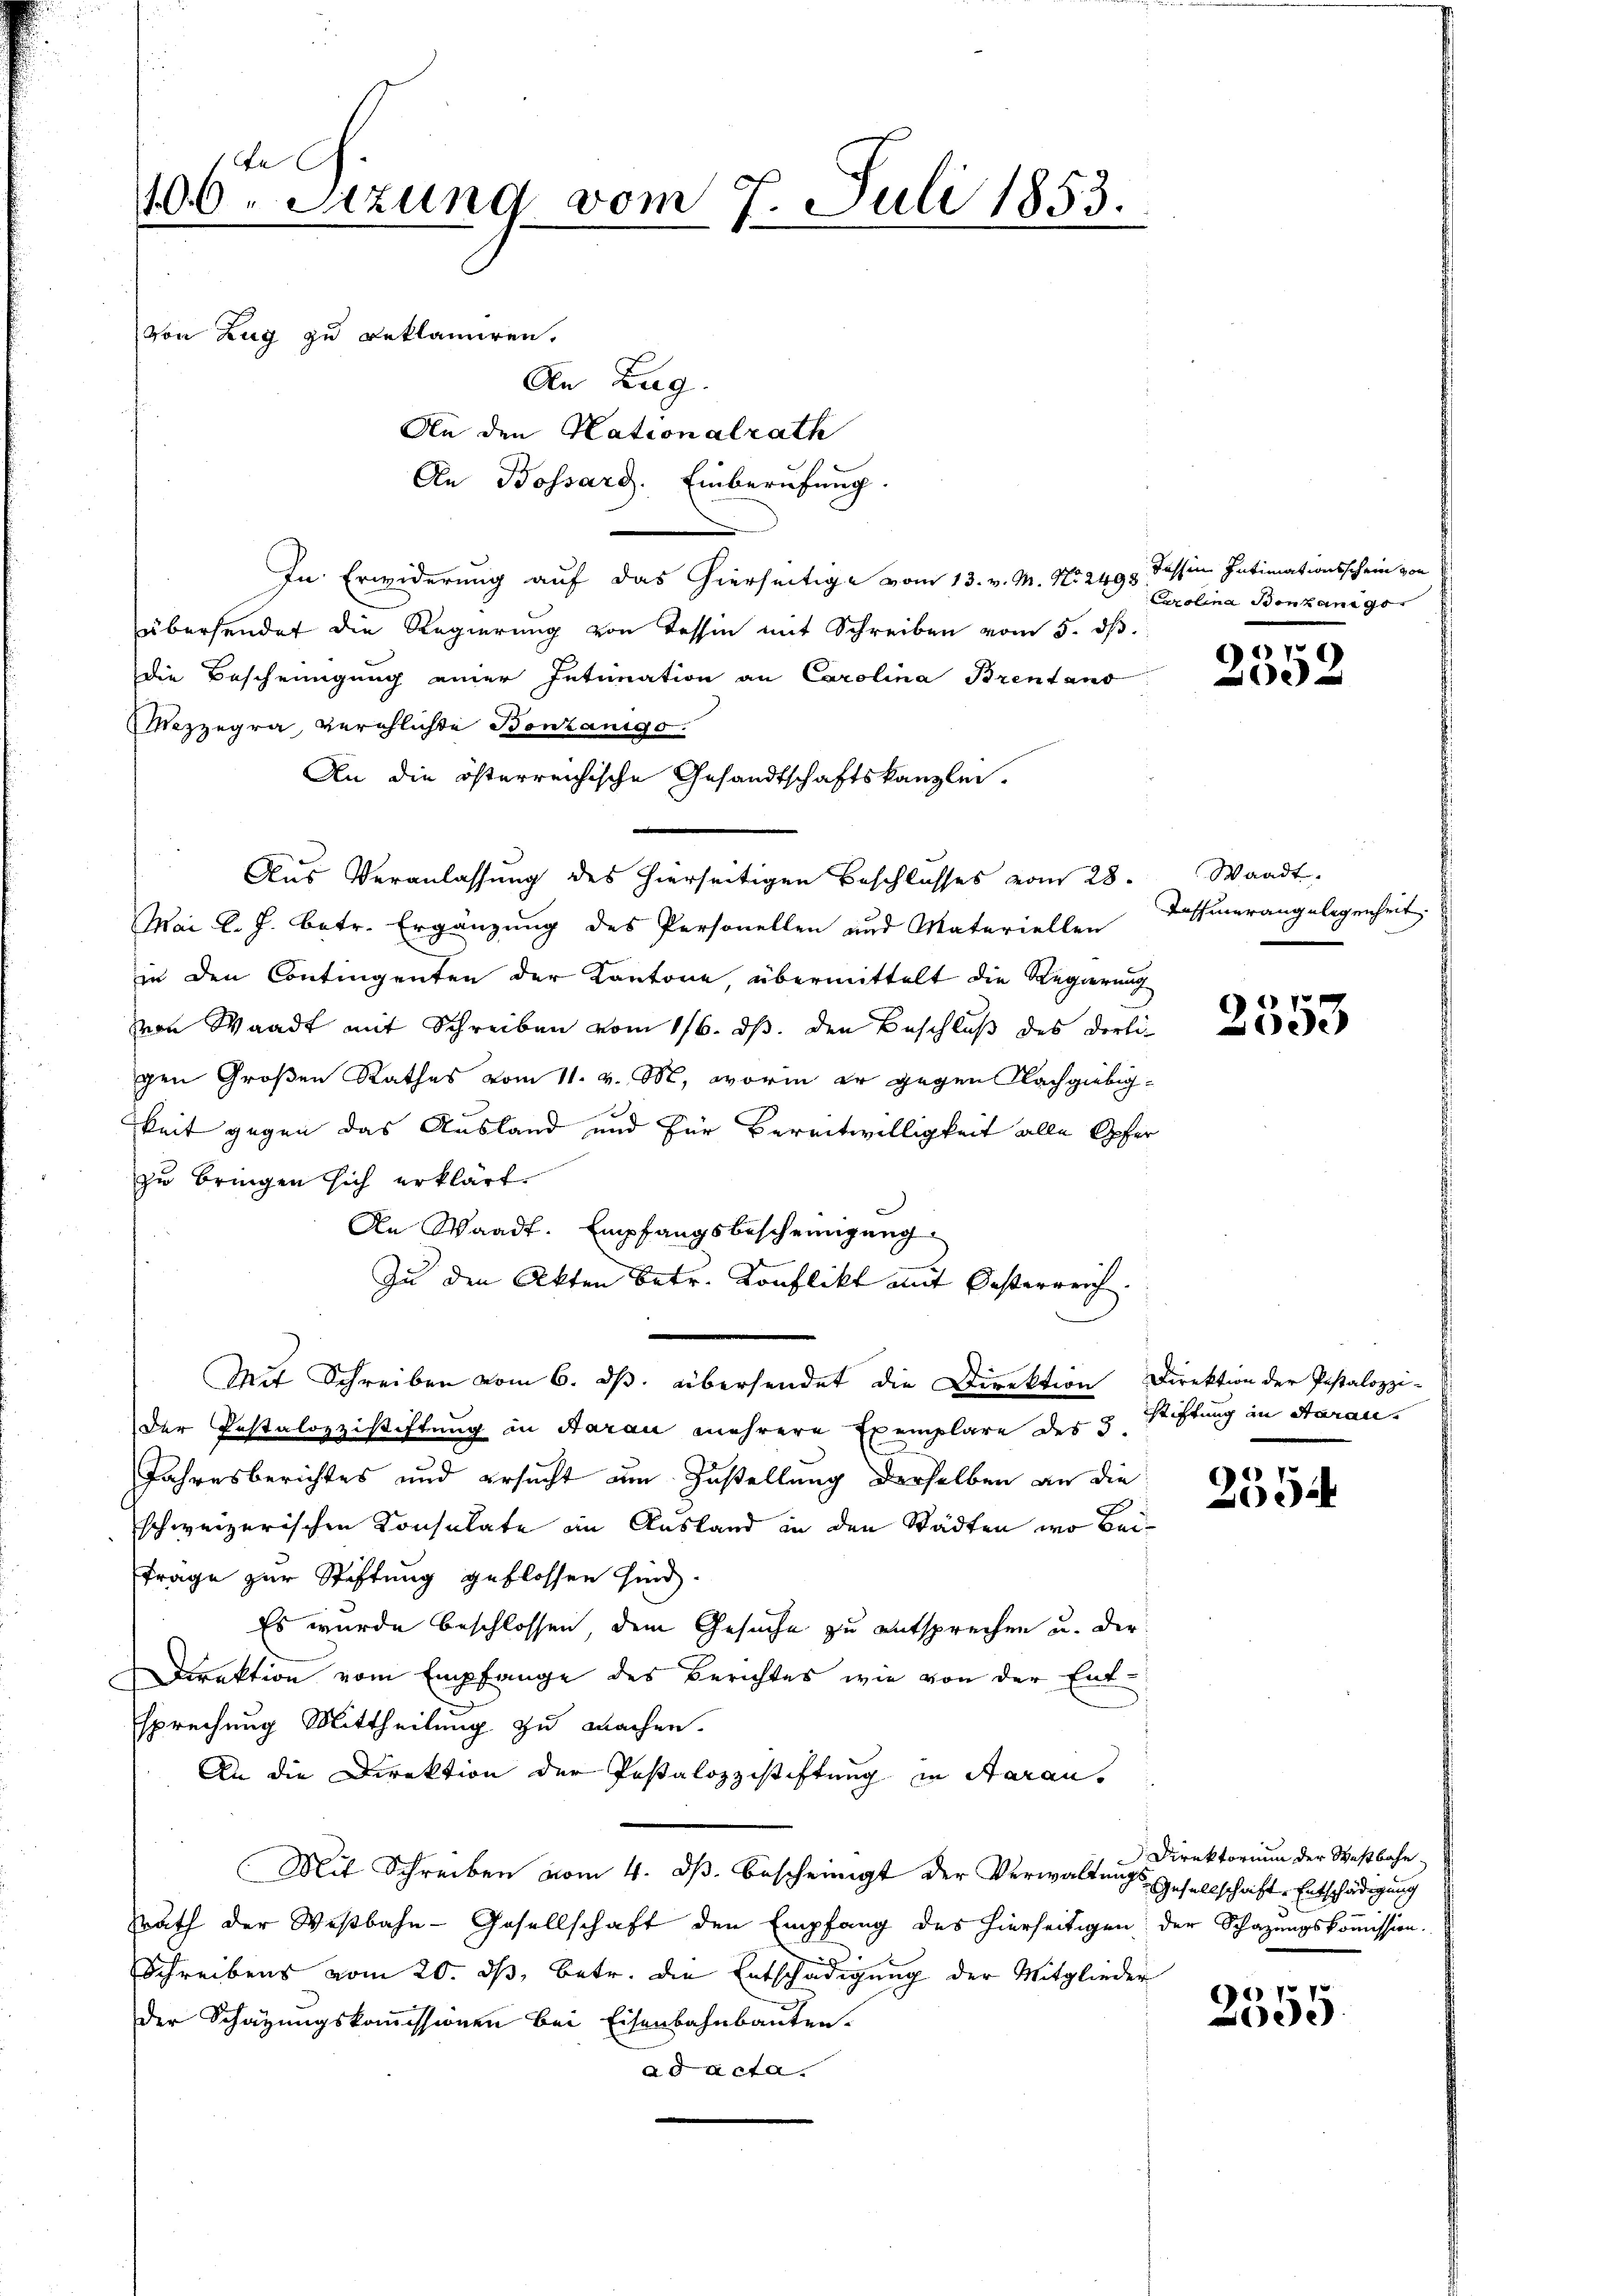
100te Sitzung vom 7. Juli 1853.
v
von Zug zu Beklamiren.
An Zug.
An den Nationalrath
An Bossard. Einberufung.

In Erwiderung auf das hierseitige vom 13. v. M. No. 2493. Tessin Intimationsschein von
übersendet die Regierung von Tessin mit Schreiben vom 5. dß.
die Bescheinigung einer Intimation an Carolina Brentano
Mezzegra verschlichte Bonzanigo.
An die österreichische Gesandtschaftskanzlei.
Aus Veranlassung des hierseitigen Beschlusses vom 28.
Mai l. J. betr. Ergänzung des Personellen und Materiellen
in den Contingenten der Kantone, übermittelt die Regierung
von Waadt mit Schreiben vom 116. ds. den Beschluß des derligen Großen Rathes vom 11. v. M., worin er gegen Nachgiebig-
keit gegen das Ausland und für Bereitwilligkeit alle Opfer
zu bringen sich erklärt.
An Waadt. Empfangsbescheinigung
Zu den Akten betr. Konflikt mit Oesterreich.
Mit Schreiben vom 6. ds. übersendet die Direktion Direktion der Pestalozzi-
der Testalozzistiftung in Aarau mehrere Exemplare des 3.
Jahresberichtes und ersucht um Zustellung derselben an die
schweizerischen Konsulate im Ausland in den Städten wo beiträge zur Stiftung geflossen sind.
Es wurde beschlossen, dem Gesuche zu entsprechen u. der
Direktion vom Empfange des Berichtes wie von der Entsprechung Mittheilung zu machen.
An die Direktion der Pestalozzistiftung in Aarau
Mit Schreiben vom 4. ds. bescheinigt der Verwaltungs-
srath der Wisbahn- Gesellschaft den Empfang des hierseitigen der Schazungskommission.
Schreibens vom 20. ds, betr. die Entschädigung der Mitglieder
der Schazungskommissionen bei Eisenbahnbauten.
ad acta.

Carolina Bonkange

9
002

Waadt.
Taffenerangelegenheit

67
ee

stiftung in Saran.

6
05

Direktorium der Westbahn
Gesellschaft. Entschädigung

9
053.